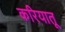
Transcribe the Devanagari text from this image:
करियातू